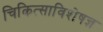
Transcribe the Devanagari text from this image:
चिकित्साविशेषज्ञ